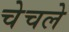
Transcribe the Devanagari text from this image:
चेचले